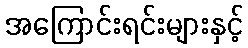
အကြောင်းရင်းများနှင့်